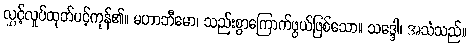
လွှင့်လှုပ်ထုတ်ပင့်ကုန်၏။ မဟာဘီမော၊ သည်းစွာကြောက်ဖွယ်ဖြစ်သော။ သဒ္ဒေါ၊ အသံသည်။